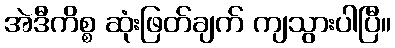
အဲဒီကိစ္စ ဆုံးဖြတ်ချက် ကျသွားပါပြီ။